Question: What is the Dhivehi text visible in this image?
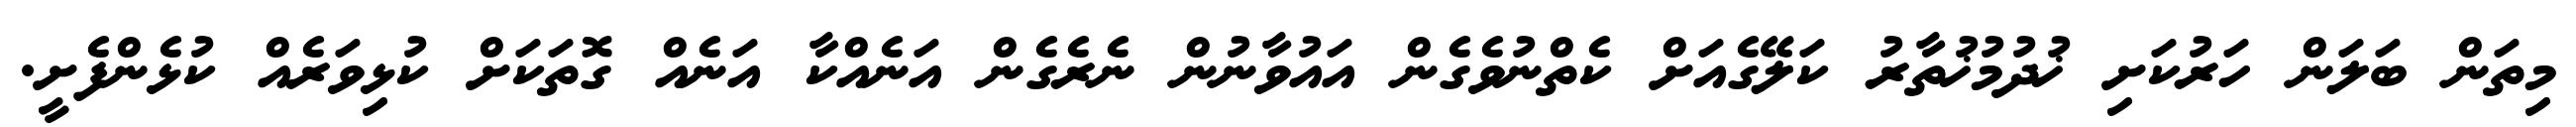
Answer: މިތަން ބަލަން ހަރުކަށި ޚުދުމުޚުތާރު ކަލޭގެއަށް ކެތްނުވެގެން އައުވާނުން ނެރެގެން އަނެއްކާ އަނެއް ގޮތަކަށް ކުޅިވަރެއް ކުޅެންފެށީ.